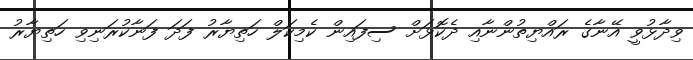
ވިދާޅުވީ އޭނާގެ ރައްޔިތުންނާއި ދެކޮޅަށް ސިފައިން ކެމިކަލް ހަތިޔާރު ފަދަ ފަނާކުރަނިވި ހަތިޔާރު